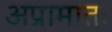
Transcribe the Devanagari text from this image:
अप्रामातः